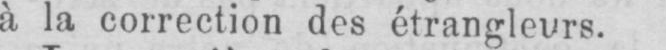
à la correction des étrangleurs.